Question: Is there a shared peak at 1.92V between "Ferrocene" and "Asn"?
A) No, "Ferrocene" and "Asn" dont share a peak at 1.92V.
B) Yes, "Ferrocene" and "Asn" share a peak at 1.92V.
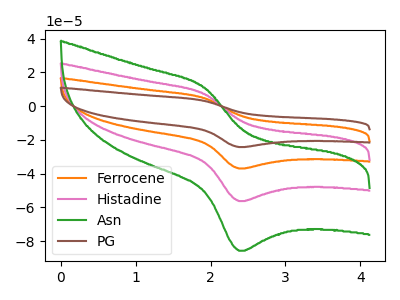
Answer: <think>The orange curve "Ferrocene" has an anodic peak at (1.90V, 14.40uA) and a cathodic peak at (2.40V, -112.45uA). The pink curve "Histadine" has an anodic peak at (1.90V, 7.20uA) and a cathodic peak at (2.40V, -56.20uA). The green curve "Asn" has an anodic peak at (1.90V, 11.00uA) and a cathodic peak at (2.40V, -85.60uA). The brown curve "PG" has an anodic peak at (1.90V, 21.60uA) and a cathodic peak at (2.40V, -168.65uA).</think>
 <answer>B) Yes, "Ferrocene" and "Asn" share a peak at 1.92V.</answer>
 <eval>B</eval>